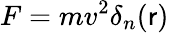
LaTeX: F=mv^{2}\delta_{n}(\mathsf{r})